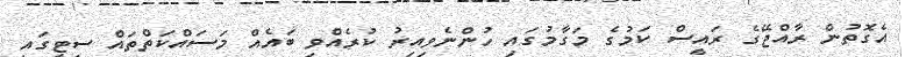
އެގޮތުން ރާއްޖޭގެ ރައީސް ކަމުގެ މަގާމުގައި ހުންނެވިއިރު ކުރެއްވި ބައެއް މަސައްކަތްތައް ސިޓީގައި